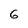
Character: 6